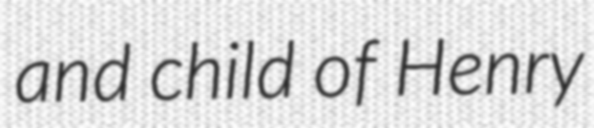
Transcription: and child of Henry